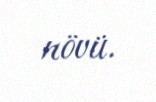
növü.